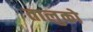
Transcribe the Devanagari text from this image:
तालुको